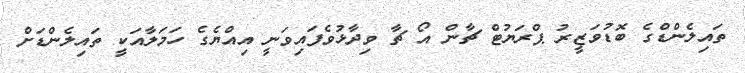
ތައިލެންޑްގެ ބޮޑުވަޒީރު ޕްރަޔުޓް ޗާން އޯ ޗާ ވިދާޅުވެފައިވަނީ އިއްޔެގެ ހަމަލާއަކީ ތައިލެންޑަށް